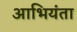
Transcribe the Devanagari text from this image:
आभियंता